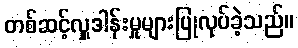
တစ်ဆင့်လှူဒါန်းမှုများပြုလုပ်ခဲ့သည်။